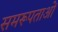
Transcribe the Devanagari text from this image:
समरूपताओं